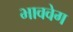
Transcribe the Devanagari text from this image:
भाववेग